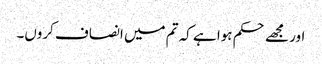
اور مجھے حکم ہوا ہے کہ تم میں انصاف کروں۔